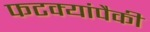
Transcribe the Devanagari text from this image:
फटक्यांपैकी